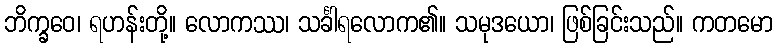
ဘိက္ခဝေ၊ ရဟန်းတို့။ လောကဿ၊ သင်္ခါရလောက၏။ သမုဒယော၊ ဖြစ်ခြင်းသည်။ ကတမော